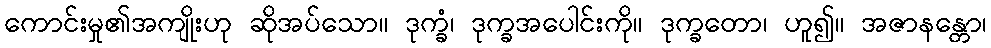
ကောင်းမှု၏အကျိုးဟု ဆိုအပ်သော။ ဒုက္ခံ၊ ဒုက္ခအပေါင်းကို။ ဒုက္ခတော၊ ဟူ၍။ အဇာနန္တော၊